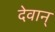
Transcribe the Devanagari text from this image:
देवान्